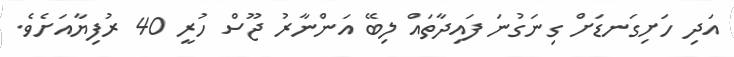
އަދި ހަށިގަނޑަށް ގިނަގުނަ ފައިދާތައް ލިބޭ އަންނާރު ޖޫސް ހުރީ 40 ރުފިޔާއަށެވެ.